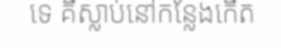
ទេ គឺស្លាប់នៅកន្លែងកើត